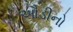
ઔડીનો